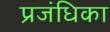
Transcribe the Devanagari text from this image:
प्रजंधिका